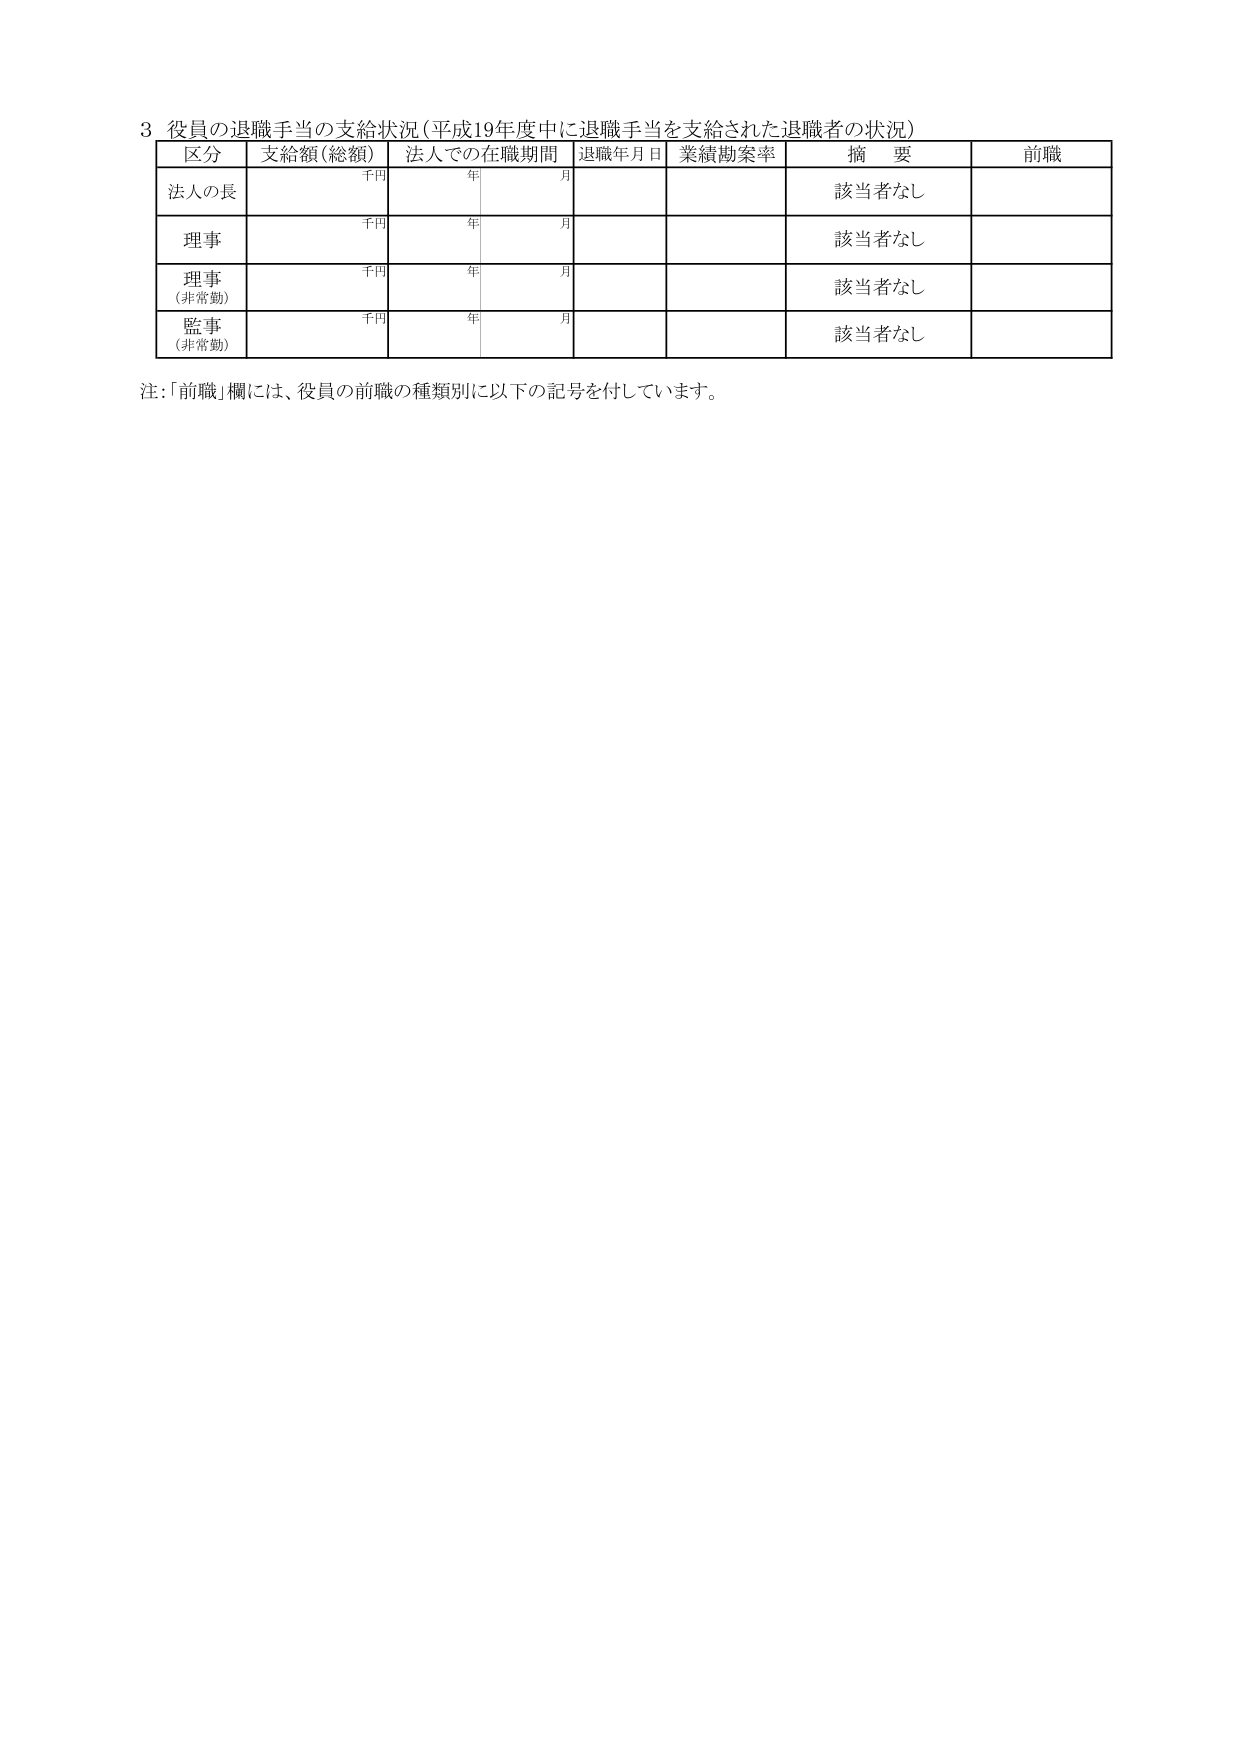
3 役員の退職手当の支給状況（平成19年度中に退職手当を支給された退職者の状況）

区分 支給額（総額） 法人での在職期間 退職年月日 業績勘案率 摘 要 前職
千円 年 月
法人の長 該当者なし
千円 年 月
理事 該当者なし
千円 年 月
理事 （非常勤） 該当者なし
千円 年 月
監事 （非常勤） 該当者なし

注：「前職」欄には、役員の前職の種類別に以下の記号を付しています。